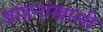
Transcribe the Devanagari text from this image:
वाहनांखाली